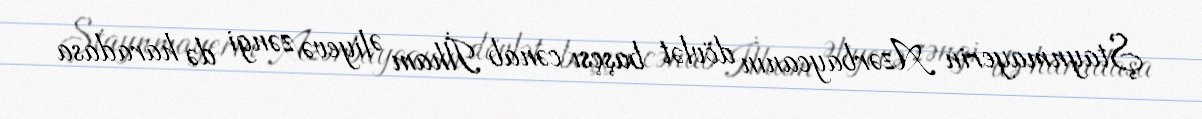
Ştaynmayerin Azərbaycanın dövlət başçsı cənab İlham Əliyevə zəngi də haradasa